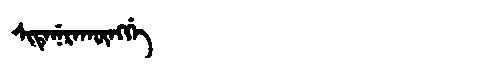
Manchu: ᠰᡳᡨᡝᠨᡝᡵᠠᡴᡡᠩᡤᡝ
Romanization: SITENERAKŪNGGE